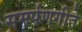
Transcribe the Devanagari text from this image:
समर्पणगीते